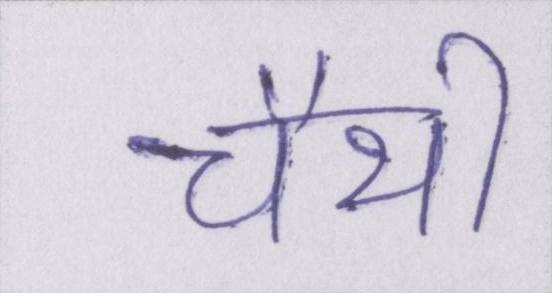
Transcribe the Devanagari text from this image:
चैथी